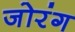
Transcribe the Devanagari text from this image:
जोरंग